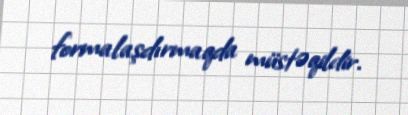
formalaşdırmaqda müstəqildir.